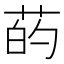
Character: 菂